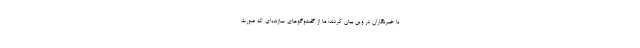
با خبرنگاران در وین بیان کردند: ما از گفت‌وگوهای سازنده‌ای که صورت